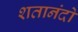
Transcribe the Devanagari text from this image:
शतानंदो